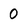
Character: 0